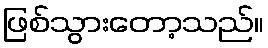
ဖြစ်သွားတော့သည်။